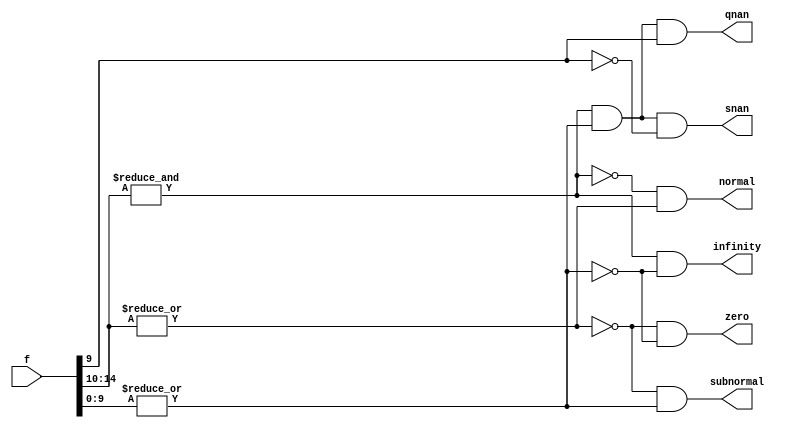
module half_precision(
    f,
    snan,
    qnan,
    infinity,
    zero,
    subnormal,
    normal
);

localparam N = 16;
input [N - 1 : 0] f;
output snan, qnan, infinity, zero, subnormal, normal;

wire expOnes, expZeros, sigZeros;

assign expOnes  =  &f[14:10];
assign expZeros = ~|f[14:10];
assign sigZeros = ~|f[9:0];

// signaling nan -> exponent are ones & at least one in sig & bit 9 is zero.
assign snan      = expOnes & ~sigZeros & ~f[9];
// quiet nan -> exponent are ones & at least one in sig & bit 9 is one.
assign qnan      = expOnes & ~sigZeros &  f[9]; 
// exponent are ones & sig are zeros
assign infinity  = expOnes & sigZeros;
// all exponent are zeros & sig are zeros
assign zero      = expZeros & sigZeros;
// all exponent are zeros & sig at least has ones
assign subnormal = expZeros & ~sigZeros;
// normal number exponent are zeros & exponent are ones
assign normal    = ~expOnes & ~expZeros;

    
endmodule